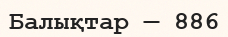
Балықтар — 886